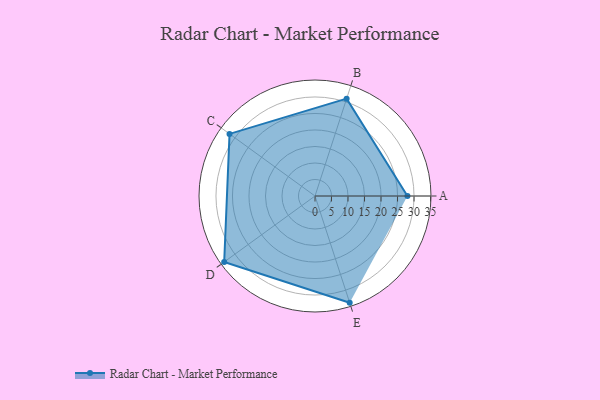
{"axis": {"x": "Skill", "y": "Score"}, "legend": ["Profile"], "data": [{"x": "A", "y": 28.0, "type": "Profile"}, {"x": "B", "y": 31.0, "type": "Profile"}, {"x": "C", "y": 32.0, "type": "Profile"}, {"x": "D", "y": 34.0, "type": "Profile"}, {"x": "E", "y": 34.0, "type": "Profile"}]}